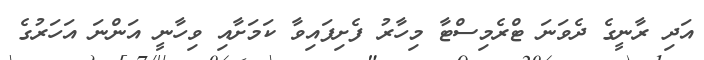
އަދި ރާނީގެ ދެވަނަ ޓްރެމިސްޓާ މިހާރު ފެށިފައިވާ ކަމަށާއި ވިހާނީ އަންނަ އަހަރުގެ